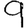
Digit: 9